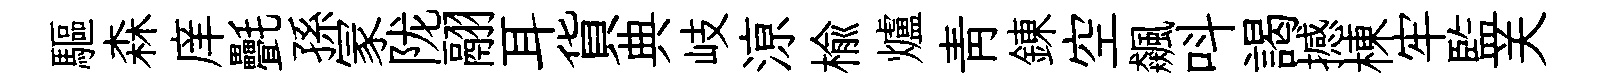
驅森庠㲲孫冡陇翮耳貨典岐鿌榆爐靑錬空飆呌謁撼棟牢監关